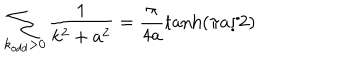
LaTeX: \sum _ { k _ { o d d } > 0 } \frac { 1 } { k ^ { 2 } + a ^ { 2 } } = \frac { \pi } { 4 a } \tanh ( \pi a / 2 )